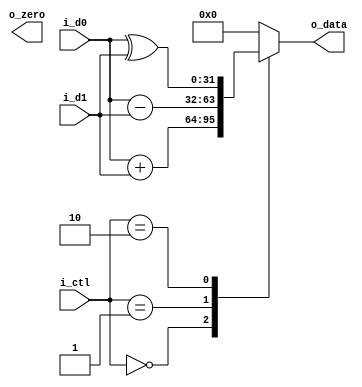
/**
  * @param i_d0, i_d1 - registers to sum
  * @param k_ctl - mode control
  *   00 - and
  *   01 - sub
  *   10 - xor
  * @return o_data - operation result
  * @return o_zero - 1 if the operation result is 0
  */
module m_alu(input [31:0] i_d0, i_d1, input [1:0] i_ctl, output reg [31:0] o_data, output o_zero);
  wire [31:0] add, sub, x_or;
  assign add = i_d0 + i_d1;
  assign sub = i_d0 - i_d1;
  assign x_or = i_d0 ^ i_d1;
  assign or_zero = o_data == 0;

  always @(*) begin
    case (i_ctl)
      0: o_data <= add;
      1: o_data <= sub;
      2: o_data <= x_or;
      default: o_data <= 0;
    endcase
  end
endmodule